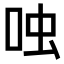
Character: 𫩮